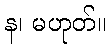
န၊ မဟုတ်။